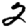
Digit: 2